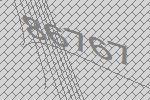
86767